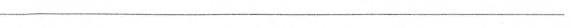
______________________